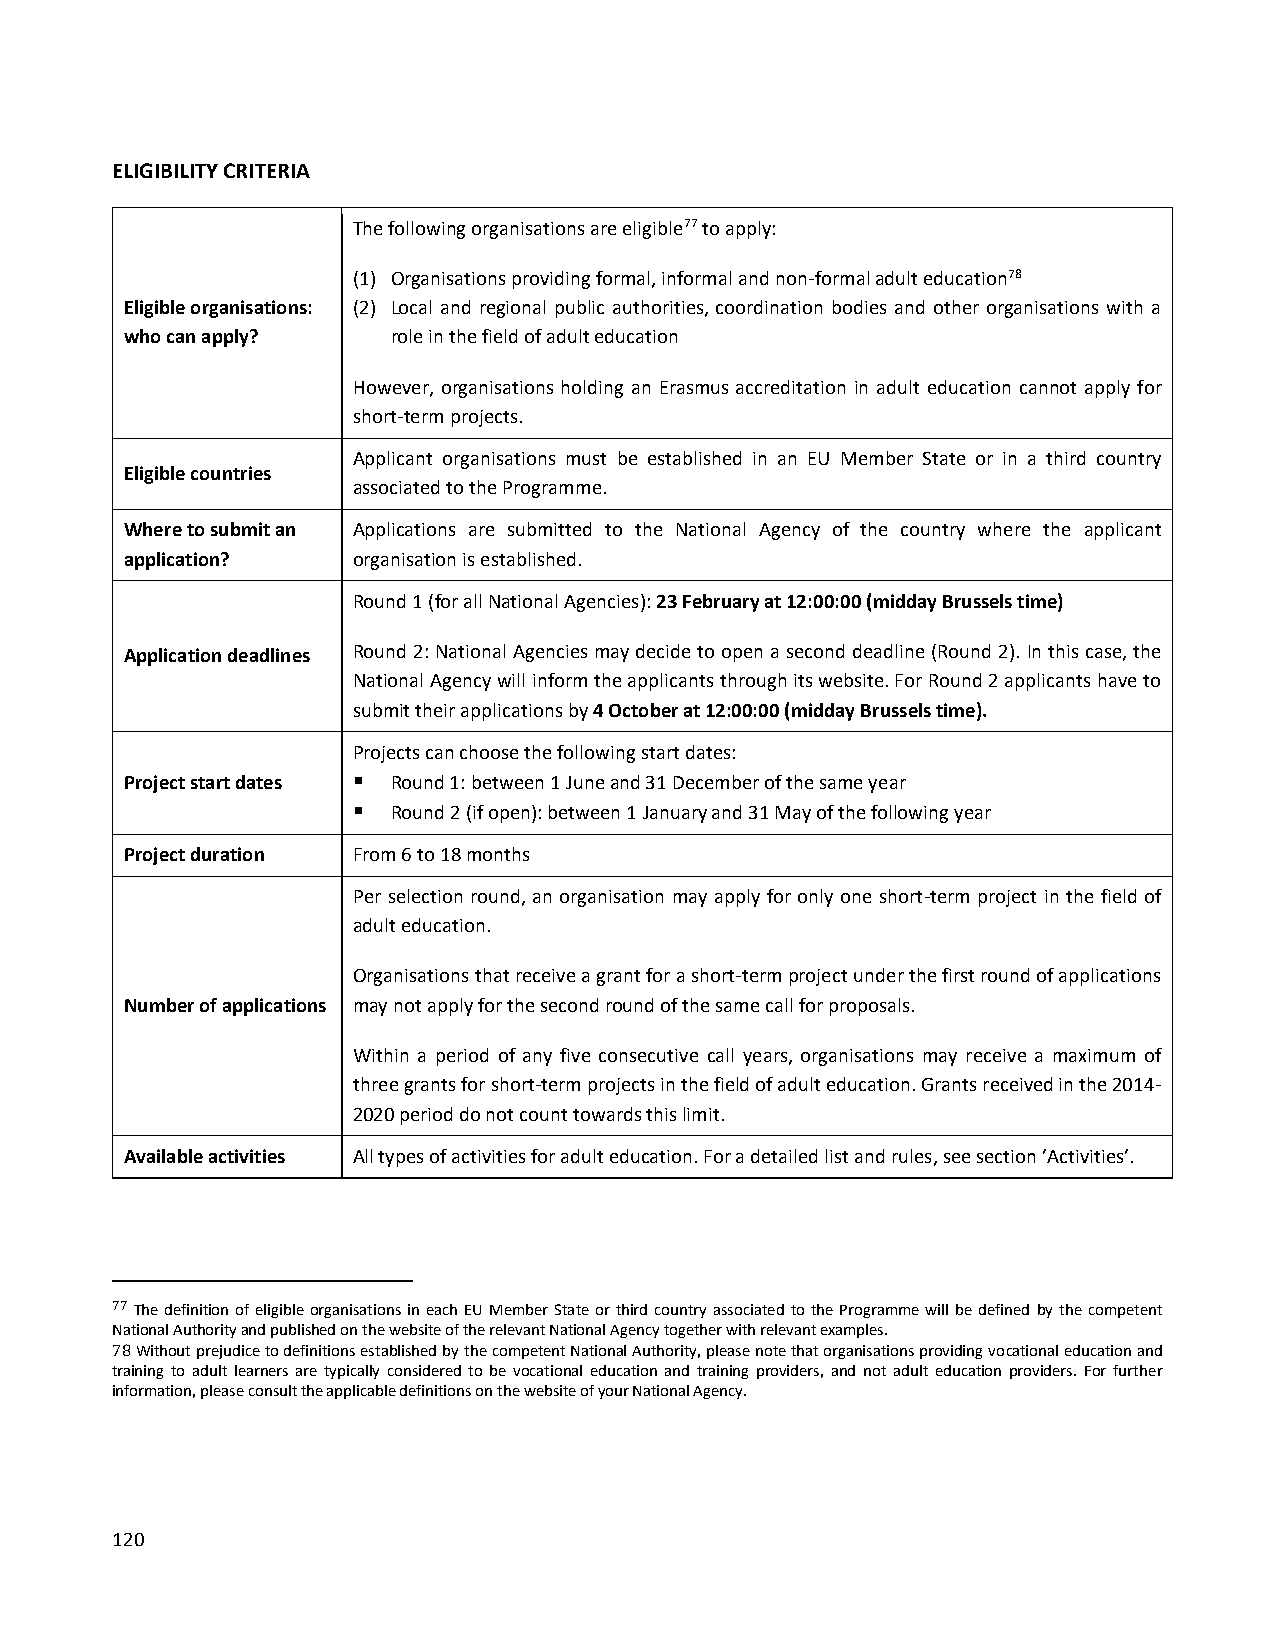
ELIGIBILITY CRITERIA
 The following organisations are eligible77 to apply:
 (1) Organisations providing formal, informal and non-formal adult education78
 Eligible organisations: (2) Local and regional public authorities, coordination bodies and other organisations with a
 who can apply?    role in the field of adult education
 However, organisations holding an Erasmus accreditation in adult education cannot apply for
 short-term projects.
 Applicant organisations must be established in an EU Member State or in a third country
 Eligible countries
 associated to the Programme.
 Where to submit an Applications are submitted to the National Agency of the country where the applicant
 application?   organisation is established.
 Round 1 (for all National Agencies): 23 February at 12:00:00 (midday Brussels time)
 Application deadlines Round 2: National Agencies may decide to open a second deadline (Round 2). In this case, the
 National Agency will inform the applicants through its website. For Round 2 applicants have to
 submit their applications by 4 October at 12:00:00 (midday Brussels time).
 Projects can choose the following start dates:
 Project start dates  Round 1: between 1 June and 31 December of the same year
   Round 2 (if open): between 1 January and 31 May of the following year
 Project duration From 6 to 18 months
 Per selection round, an organisation may apply for only one short-term project in the field of
 adult education.
 Organisations that receive a grant for a short-term project under the first round of applications
 Number of applications may not apply for the second round of the same call for proposals.
 Within a period of any five consecutive call years, organisations may receive a maximum of
 three grants for short-term projects in the field of adult education. Grants received in the 2014-
 2020 period do not count towards this limit.
 Available activities All types of activities for adult education. For a detailed list and rules, see section ’Activities’.
 77 The definition of eligible organisations in each EU Member State or third country associated to the Programme will be defined by the competent
 National Authority and published on the website of the relevant National Agency together with relevant examples.
 78 Without prejudice to definitions established by the competent National Authority, please note that organisations providing vocational education and
 training to adult learners are typically considered to be vocational education and training providers, and not adult education providers. For further
 information, please consult the applicable definitions on the website of your National Agency.
 120